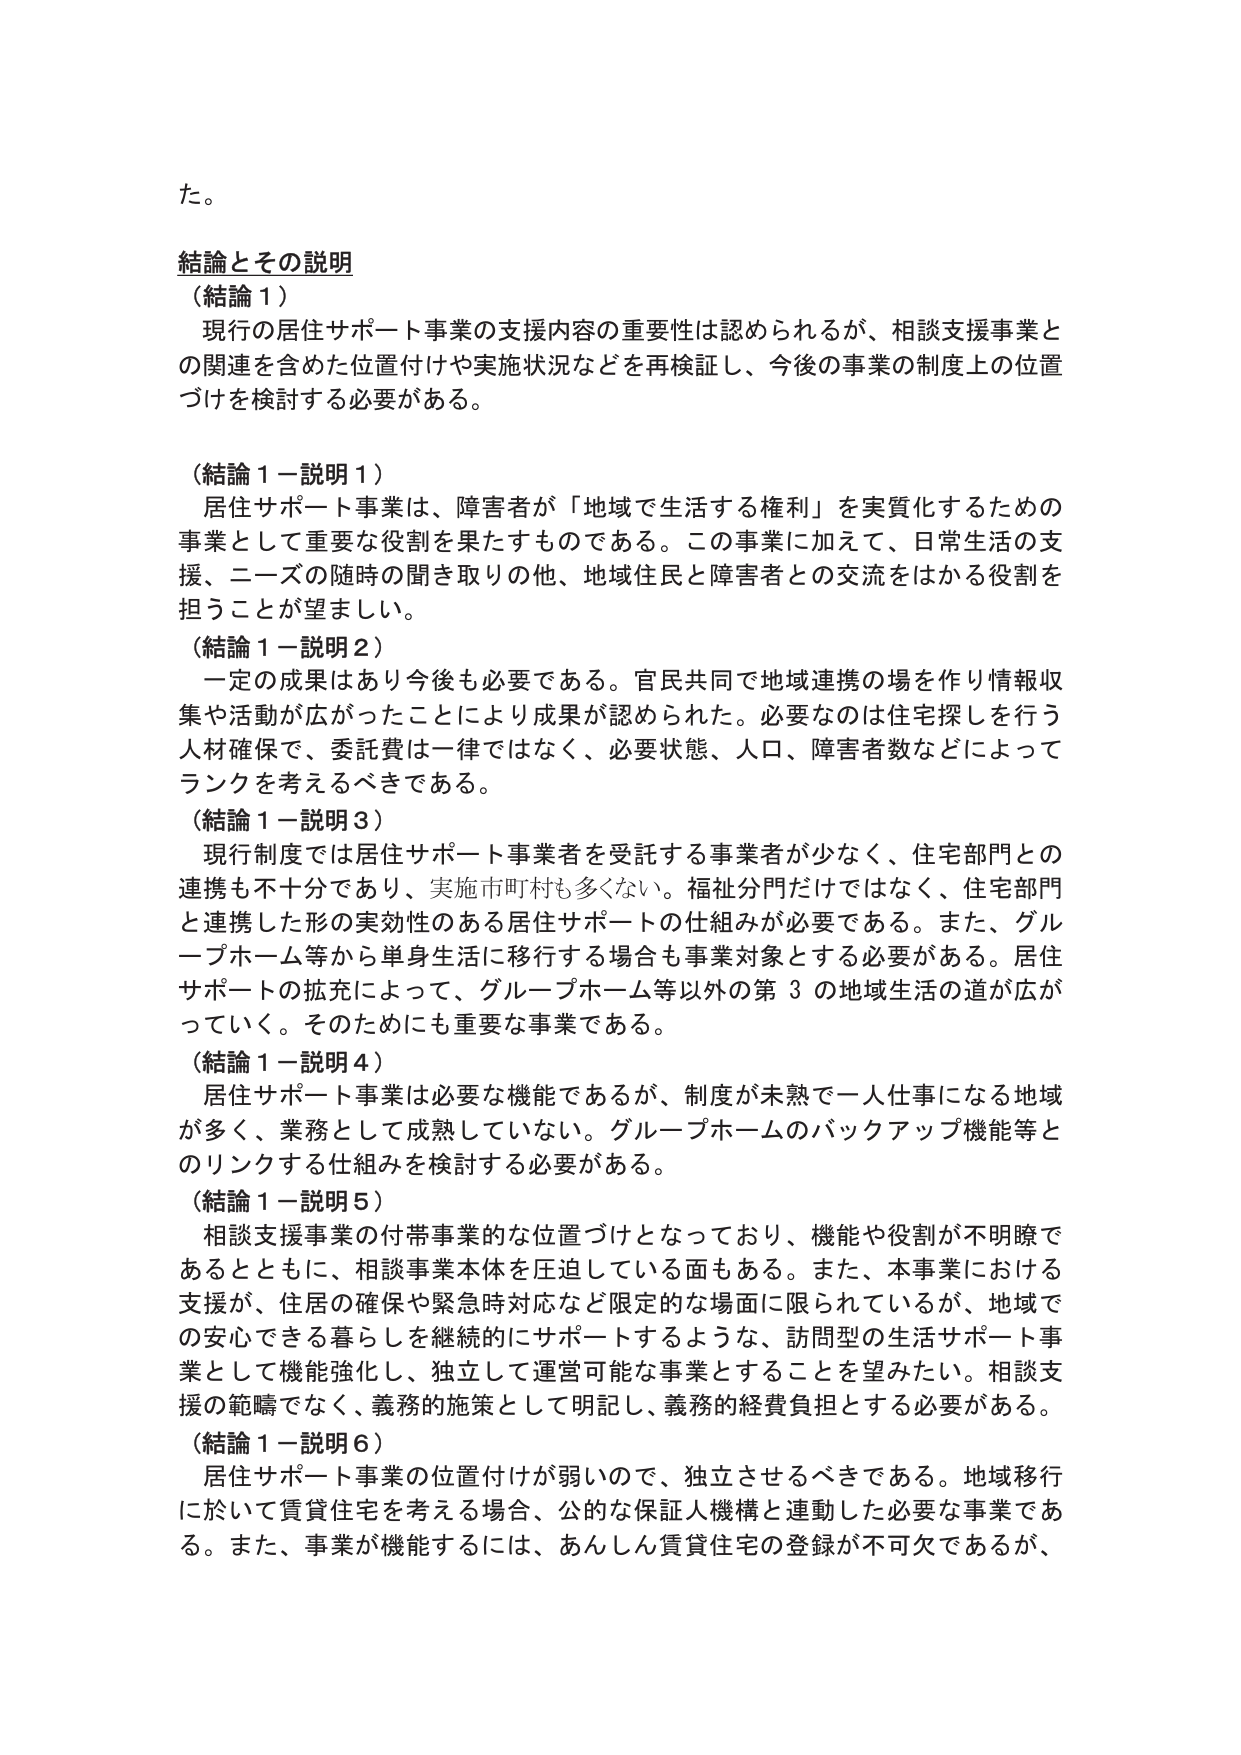
た。

結論とその説明
（結論１）
現行の居住サポート事業の支援内容の重要性は認められるが、相談支援事業との関連を含めた位置付けや実施状況などを再検証し、今後の事業の制度上の位置づけを検討する必要がある。

（結論１－説明１）
居住サポート事業は、障害者が「地域で生活する権利」を実質化するための事業として重要な役割を果たすものである。この事業に加えて、日常生活の支援、ニーズの随時の聞き取りの他、地域住民と障害者との交流をはかる役割を担うことが望ましい。

（結論１－説明２）
一定の成果はあり今後も必要である。官民共同で地域連携の場を作り情報収集や活動が広がったことにより成果が認められた。必要なのは住宅探しを行う人材確保で、委託費は一律ではなく、必要状態、人口、障害者数などによってランクを考えるべきである。

（結論１－説明３）
現行制度では居住サポート事業者を受託する事業者が少なく、住宅部門との連携も不十分であり、実施市町村も多くない。福祉分門だけではなく、住宅部門と連携した形の実効性のある居住サポートの仕組みが必要である。また、グループホーム等から単身生活に移行する場合も事業対象とする必要がある。居住サポートの拡充によって、グループホーム等以外の第３の地域生活の道が広がっていく。そのためにも重要な事業である。

（結論１－説明４）
居住サポート事業は必要な機能であるが、制度が未熟で一人仕事になる地域が多く、業務として成熟していない。グループホームのバックアップ機能等とのリンクする仕組みを検討する必要がある。

（結論１－説明５）
相談支援事業の付帯事業的な位置づけとなっており、機能や役割が不明瞭であるとともに、相談事業本体を圧迫している面もある。また、本事業における支援が、住居の確保や緊急時対応など限定的な場面に限られているが、地域での安心できる暮らしを継続的にサポートするような、訪問型の生活サポート事業として機能強化し、独立して運営可能な事業とすることを望みたい。相談支援の範疇でなく、義務的施策として明記し、義務的経費負担とする必要がある。

（結論１－説明６）
居住サポート事業の位置付けが弱いので、独立させるべきである。地域移行に於いて賃貸住宅を考える場合、公的な保証人機構と連動した必要な事業である。また、事業が機能するには、あんしん賃貸住宅の登録が不可欠であるが、